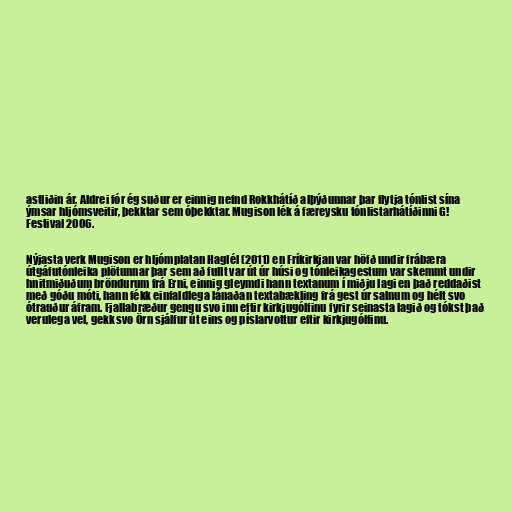
astliðin ár. Aldrei fór ég suður er einnig nefnd Rokkhátíð alþýðunnar þar flytja tónlist sína
ýmsar hljómsveitir, þekktar sem óþekktar. Mugison lék á færeysku tónlistarhátíðinni G!
Festival 2006.

Nýjasta verk Mugison er hljómplatan Haglél (2011) en Fríkirkjan var höfð undir frábæra
útgáfutónleika plötunnar þar sem að fullt var út úr húsi og tónleikagestum var skemmt undir
hnitmiðuðum bröndurum frá Erni, einnig gleymdi hann textanum í miðju lagi en það reddaðist
með góðu móti, hann fékk einfaldlega lánaðan textabækling frá gest úr salnum og hélt svo
ótrauður áfram. Fjallabræður gengu svo inn eftir kirkjugólfinu fyrir seinasta lagið og tókst það
verulega vel, gekk svo Örn sjálfur út eins og píslarvottur eftir kirkjugólfinu.